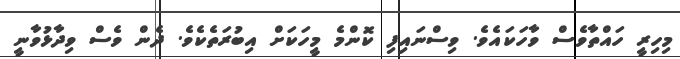
މިހިރީ ހައްތާވެސް ވާހަކައެވެ. ވިސްނައިފި ކޮންމެ މީހަކަށް އިބުރަތެކެވެ. ދެން ވެސް ވިދާޅުވާނީ